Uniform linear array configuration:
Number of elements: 64
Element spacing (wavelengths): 0.25
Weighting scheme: cosine
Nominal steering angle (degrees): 45
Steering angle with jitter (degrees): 43.156
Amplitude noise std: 0.05
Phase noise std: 0.05

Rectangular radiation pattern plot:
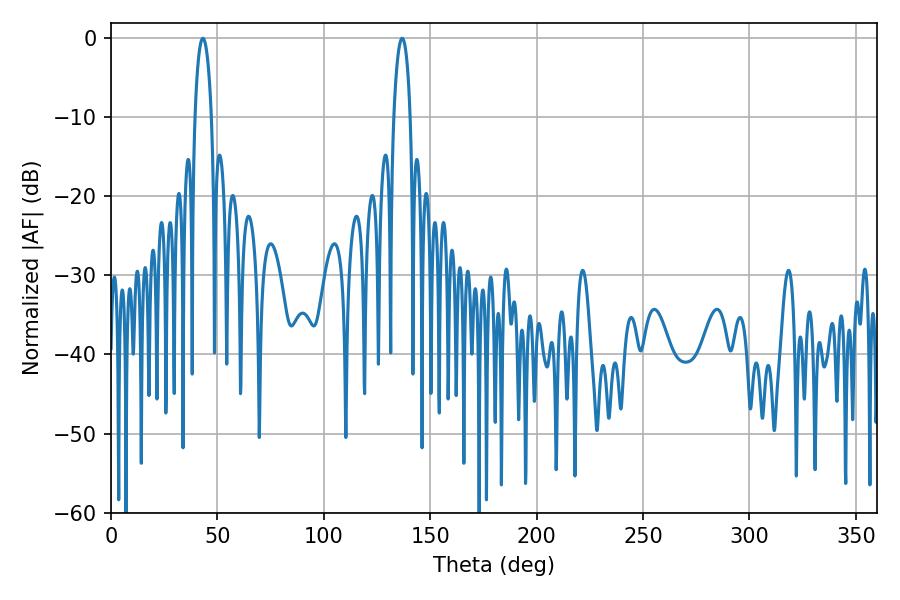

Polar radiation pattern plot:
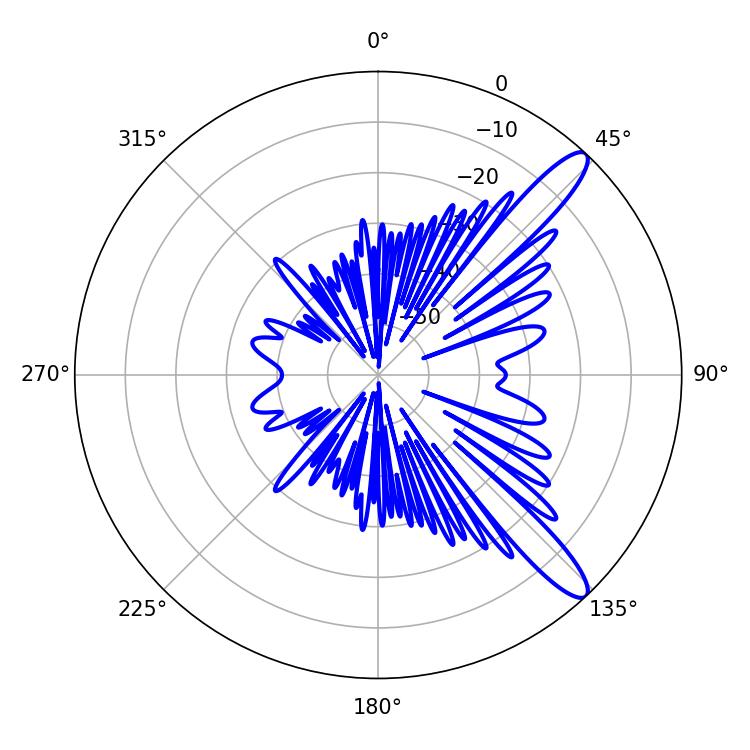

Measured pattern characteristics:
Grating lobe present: FALSE
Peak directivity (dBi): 12.285
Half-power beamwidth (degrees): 4.32
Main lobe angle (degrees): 136.8